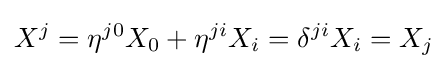
X^{j}=\eta ^{j0}X_{0}+\eta ^{ji}X_{i}=\delta ^{ji}X_{i}=X_{j}